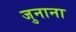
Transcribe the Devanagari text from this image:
जुनाना